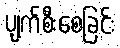
ပျက်စီးစေခြင်း